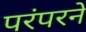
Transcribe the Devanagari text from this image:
परंपरने